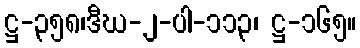
ဋ္ဌ-၃၅၈၊ဒီဃ-၂-ပါ-၁၁၃၊ ဋ္ဌ-၁၆၅။